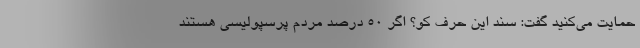
حمایت می‌کنید گفت: سند این حرف کو؟ اگر 50 درصد مردم پرسپولیسی هستند